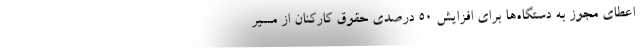
اعطای مجوز به دستگاه‌ها برای افزایش ۵۰ درصدی حقوق کارکنان از مسیر